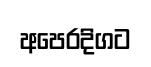
අපෙරදිගට